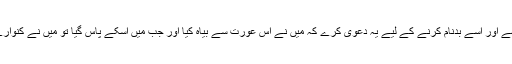
شرمناک باتیں اُس کے حق میں کہے اور اُسے بدنام کرنے کے لیے یہ دعویٰ کرے کہ میں نے اِس عورت سے بیاہ کیا اور جب میں اُسکے پاس گیا تو میں نے کنوارے پن کے نشان اُس میں نہیں پائے۔